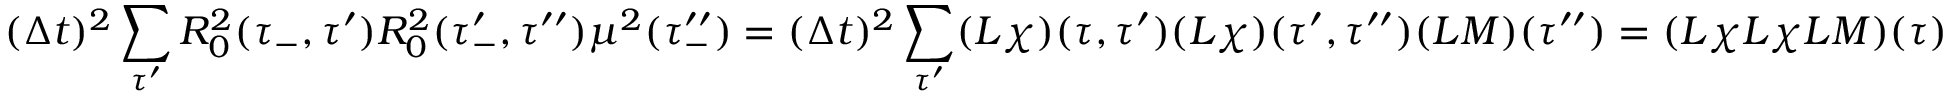
( \Delta t ) ^ { 2 } \sum _ { \tau ^ { \prime } } R _ { 0 } ^ { 2 } ( \tau _ { - } , \tau ^ { \prime } ) R _ { 0 } ^ { 2 } ( \tau _ { - } ^ { \prime } , \tau ^ { \prime \prime } ) \mu ^ { 2 } ( \tau _ { - } ^ { \prime \prime } ) = ( \Delta t ) ^ { 2 } \sum _ { \tau ^ { \prime } } ( L \chi ) ( \tau , \tau ^ { \prime } ) ( L \chi ) ( \tau ^ { \prime } , \tau ^ { \prime \prime } ) ( L M ) ( \tau ^ { \prime \prime } ) = ( L \chi L \chi L M ) ( \tau )